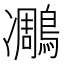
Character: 𪄄